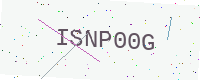
Text: ISNP00G